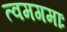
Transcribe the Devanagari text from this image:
त्वमगमाः